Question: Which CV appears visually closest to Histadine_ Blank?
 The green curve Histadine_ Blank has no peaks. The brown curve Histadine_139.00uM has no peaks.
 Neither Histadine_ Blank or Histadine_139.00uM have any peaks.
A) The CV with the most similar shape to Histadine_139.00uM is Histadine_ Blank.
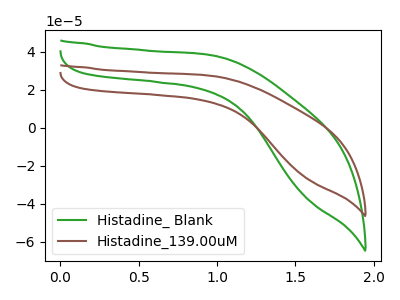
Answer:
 <answer>A) The CV with the most similar shape to "Histadine_139.00uM" is "Histadine_ Blank".</answer>
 <eval>A</eval>